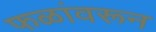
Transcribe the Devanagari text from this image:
फळांवरून